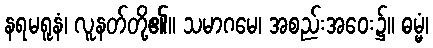
နရမရူနံ၊ လူနတ်တို့၏။ သမာဂမေ၊ အစည်းအဝေး၌။ ဓမ္မံ၊